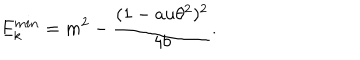
E _ { k } ^ { m i n } = m ^ { 2 } - \frac { ( 1 - a u \theta ^ { 2 } ) ^ { 2 } } { 4 b } .